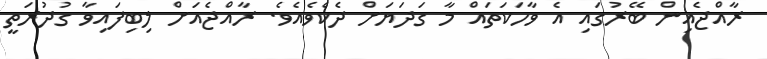
ރާއްޖެއިން ބޭރުގައި އެ ވާހަކަތައް މާ ގަދަޔަށް ދެކެވެއެވެ. ރާއްޖެއަށް ލިބިފައިވާ ގުދުރަތީ